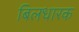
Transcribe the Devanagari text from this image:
बिलधारक